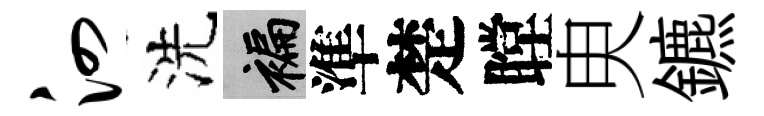
泗洗褊準楚瞠㬰鑣